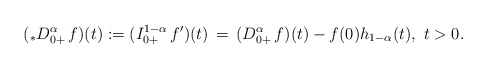
\begin{align*}( _*D^\alpha_{0+}\, f)(t) := (I^{1-\alpha}_{0+}\, f^\prime)(t) \, = \, (D^\alpha_{0+}\, f)(t) - f(0)h_{1-\alpha}(t),\ t>0.\end{align*}